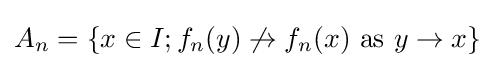
A_{n}=\{x\in I;f_{n}(y)\not \rightarrow f_{n}(x){\text{ as }}y\to x\}